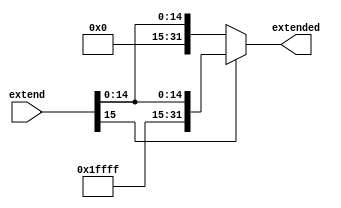
module SE(input[15:0]extend ,output[31:0]extended );
reg [31:0]extended_reg;
always@(*)
begin
  if(extend[15]==0)
    extended_reg = {16'b0000000000000000,extend};
  else
    extended_reg = {16'b1111111111111111,extend};
end
assign extended = extended_reg;
endmodule